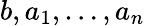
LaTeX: b,a_{1},\ldots,a_{n}